Scientific memoirs by medical officers of the Army of India - Part VIII,
Year: 1894
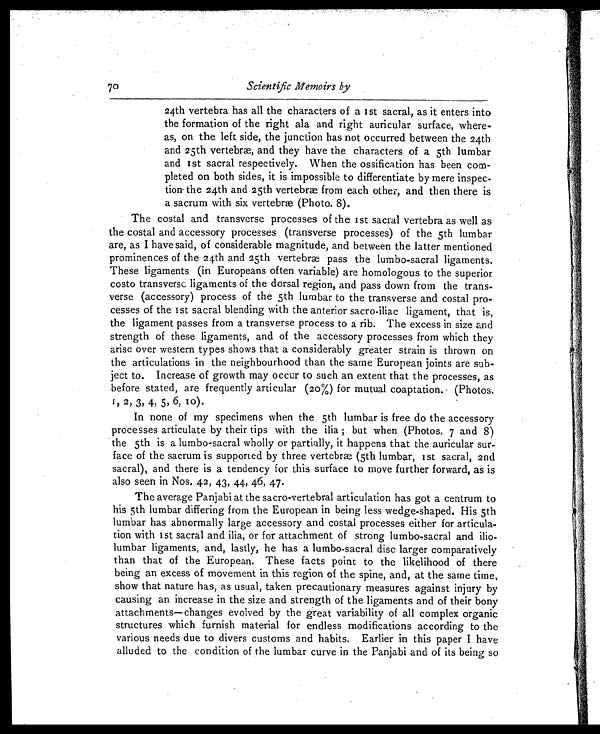
•
70
Scientific Memoirs by
24th vertebra has all the characters of a 1st sacral, as it enters into
the formation of the right ala and right auricular surface, where-
as, on the left side, the junction has not occurred between .the 24th
and 25th vertebræ, and they have the characters of a 5th lumbar
and 1st sacral respectively. When the ossification has been com-
pleted on both sides, it is impossible to differentiate by mere inspec-
tion the 24th and 25th vertebræ from each other, and then there is
a sacrum with six vertebræ (Photo. 8).
The costal and transverse processes of the 1st sacral vertebra as well as
the costal and accessory processes (transverse processes) of the 5th lumbar
are, as I have said, of considerable magnitude, and between the latter mentioned
prominences of the 24th and 25th vertebræ pass the lumbo-sacral ligaments.
These ligaments (in Europeans often variable) are homologous to the superior
costo transverse ligaments of the dorsal region, and pass down from the trans-
verse (accessory) process of the 5th lumbar to the transverse and costal pro-
cesses of the 1st sacral blending with the anterior sacro-iliac ligament, that is,
the ligament passes from a transverse process to a rib. The excess in size and
strength of these ligaments, and of the accessory processes from which they
arise over western types shows that a considerably greater strain is thrown on
the articulations in the neighbourhood than the same European joints are sub-
ject to. Increase of growth may occur to such an extent that the processes, as
before stated, are frequently articular (20%) for mutual coaptation. (Photos.
1, 2, 3, 4, 5, 6, 10).
In none of my specimens when the 5th lumbar is free do the accessory
processes articulate by their tips with the ilia but when (Photos. 7 and 8)
the 5th is a lumbo-sacral wholly or partially, it happens that the auricular sur-
face of the sacrum is supported by three vertebræ (5th lumbar, 1st sacral, 2nd
sacral), and there is a tendency for this surface to move further forward, as is
also seen in Nos. 42, 43, 44, 46, 47.
The average Panjabi at the sacro-vertebral articulation has got a centrum to
his 5th lumbar differing from the European in being less wedge-shaped. His 5th
lumbar has abnormally large accessory and costal processes either for articula-
tion with 1st sacral and ilia, or for attachment of strong lumbo-sacral and ilio-
lumbar ligaments, and, lastly, he has a lumbo-sacral disc larger comparatively
than that of the European. These facts point to the likelihood of there
being an excess of movement in this region of the spine, and, at the same time,
show that nature has, as usual, taken precautionary measures against injury by
causing an increase in the size and strength of the ligaments and of their bony
attachments—changes evolved by the great variability of all complex organic
structures which furnish material for endless modifications according to the
various needs due to divers customs and habits. Earlier in this paper I have
alluded to the condition of the lumbar curve in the Panjabi and of its being so